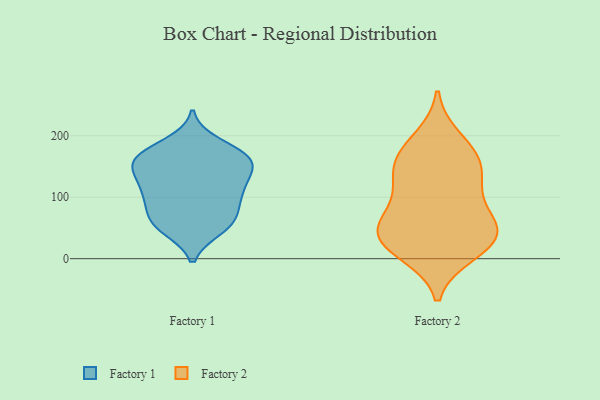
{"axis": {"x": "Website Visitors", "y": "Value"}, "legend": ["Factory 1", "Factory 2"], "data": [{"x": "", "y": 151, "type": "Factory 1"}, {"x": "", "y": 65, "type": "Factory 1"}, {"x": "", "y": 48, "type": "Factory 1"}, {"x": "", "y": 159, "type": "Factory 1"}, {"x": "", "y": 107, "type": "Factory 1"}, {"x": "", "y": 166, "type": "Factory 1"}, {"x": "", "y": 171, "type": "Factory 1"}, {"x": "", "y": 188, "type": "Factory 1"}, {"x": "", "y": 153, "type": "Factory 1"}, {"x": "", "y": 48, "type": "Factory 1"}, {"x": "", "y": 98, "type": "Factory 1"}, {"x": "", "y": 58, "type": "Factory 1"}, {"x": "", "y": 130, "type": "Factory 1"}, {"x": "", "y": 157, "type": "Factory 1"}, {"x": "", "y": 173, "type": "Factory 1"}, {"x": "", "y": 65, "type": "Factory 1"}, {"x": "", "y": 135, "type": "Factory 1"}, {"x": "", "y": 114, "type": "Factory 1"}, {"x": "", "y": 108, "type": "Factory 1"}, {"x": "", "y": 86, "type": "Factory 1"}, {"x": "", "y": 86, "type": "Factory 2"}, {"x": "", "y": 51, "type": "Factory 2"}, {"x": "", "y": 10, "type": "Factory 2"}, {"x": "", "y": 194, "type": "Factory 2"}, {"x": "", "y": 119, "type": "Factory 2"}, {"x": "", "y": 38, "type": "Factory 2"}, {"x": "", "y": 38, "type": "Factory 2"}, {"x": "", "y": 42, "type": "Factory 2"}, {"x": "", "y": 169, "type": "Factory 2"}, {"x": "", "y": 157, "type": "Factory 2"}, {"x": "", "y": 123, "type": "Factory 2"}, {"x": "", "y": 156, "type": "Factory 2"}, {"x": "", "y": 16, "type": "Factory 2"}, {"x": "", "y": 51, "type": "Factory 2"}]}